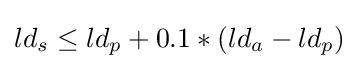
ld_{s}\leq ld_{p}+0.1*(ld_{a}-ld_{p})